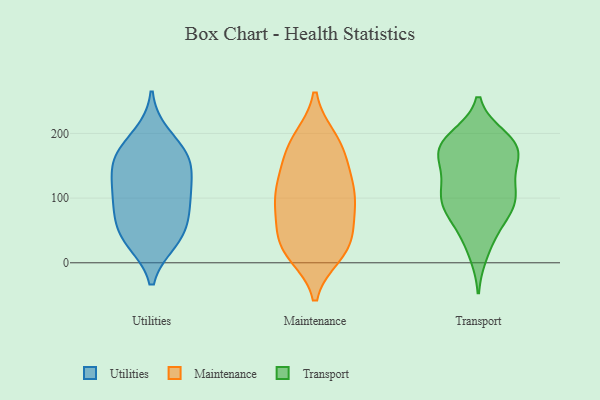
{"axis": {"x": "Active Users", "y": "Value"}, "legend": ["Maintenance", "Transport", "Utilities"], "data": [{"x": "", "y": 41, "type": "Utilities"}, {"x": "", "y": 114, "type": "Utilities"}, {"x": "", "y": 151, "type": "Utilities"}, {"x": "", "y": 87, "type": "Utilities"}, {"x": "", "y": 161, "type": "Utilities"}, {"x": "", "y": 162, "type": "Utilities"}, {"x": "", "y": 165, "type": "Utilities"}, {"x": "", "y": 114, "type": "Utilities"}, {"x": "", "y": 65, "type": "Utilities"}, {"x": "", "y": 41, "type": "Utilities"}, {"x": "", "y": 35, "type": "Utilities"}, {"x": "", "y": 99, "type": "Utilities"}, {"x": "", "y": 196, "type": "Utilities"}, {"x": "", "y": 81, "type": "Maintenance"}, {"x": "", "y": 16, "type": "Maintenance"}, {"x": "", "y": 22, "type": "Maintenance"}, {"x": "", "y": 157, "type": "Maintenance"}, {"x": "", "y": 34, "type": "Maintenance"}, {"x": "", "y": 21, "type": "Maintenance"}, {"x": "", "y": 192, "type": "Maintenance"}, {"x": "", "y": 188, "type": "Maintenance"}, {"x": "", "y": 79, "type": "Maintenance"}, {"x": "", "y": 13, "type": "Maintenance"}, {"x": "", "y": 134, "type": "Maintenance"}, {"x": "", "y": 99, "type": "Maintenance"}, {"x": "", "y": 100, "type": "Maintenance"}, {"x": "", "y": 168, "type": "Maintenance"}, {"x": "", "y": 59, "type": "Maintenance"}, {"x": "", "y": 128, "type": "Maintenance"}, {"x": "", "y": 119, "type": "Maintenance"}, {"x": "", "y": 188, "type": "Maintenance"}, {"x": "", "y": 101, "type": "Maintenance"}, {"x": "", "y": 42, "type": "Maintenance"}, {"x": "", "y": 109, "type": "Transport"}, {"x": "", "y": 168, "type": "Transport"}, {"x": "", "y": 186, "type": "Transport"}, {"x": "", "y": 88, "type": "Transport"}, {"x": "", "y": 168, "type": "Transport"}, {"x": "", "y": 186, "type": "Transport"}, {"x": "", "y": 123, "type": "Transport"}, {"x": "", "y": 177, "type": "Transport"}, {"x": "", "y": 65, "type": "Transport"}, {"x": "", "y": 108, "type": "Transport"}, {"x": "", "y": 85, "type": "Transport"}, {"x": "", "y": 135, "type": "Transport"}, {"x": "", "y": 39, "type": "Transport"}, {"x": "", "y": 180, "type": "Transport"}, {"x": "", "y": 164, "type": "Transport"}, {"x": "", "y": 193, "type": "Transport"}, {"x": "", "y": 16, "type": "Transport"}, {"x": "", "y": 84, "type": "Transport"}, {"x": "", "y": 97, "type": "Transport"}]}